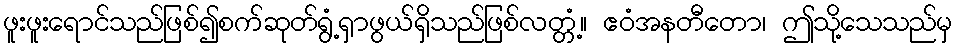
ဖူးဖူးရောင်သည်ဖြစ်၍စက်ဆုတ်ရွံ့ရှာဖွယ်ရှိသည်ဖြစ်လတ္တံ့။ ဧဝံအနတီတော၊ ဤသို့သေသည်မှ